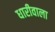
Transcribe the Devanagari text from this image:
धारीवाला